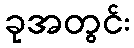
ခုအတွင်း